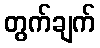
တွက်ချက်